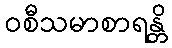
ဝစီသမာစာရန္တိ